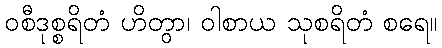
ဝစီဒုစ္စရိတံ ဟိတွာ၊ ဝါစာယ သုစရိတံ စရေ။